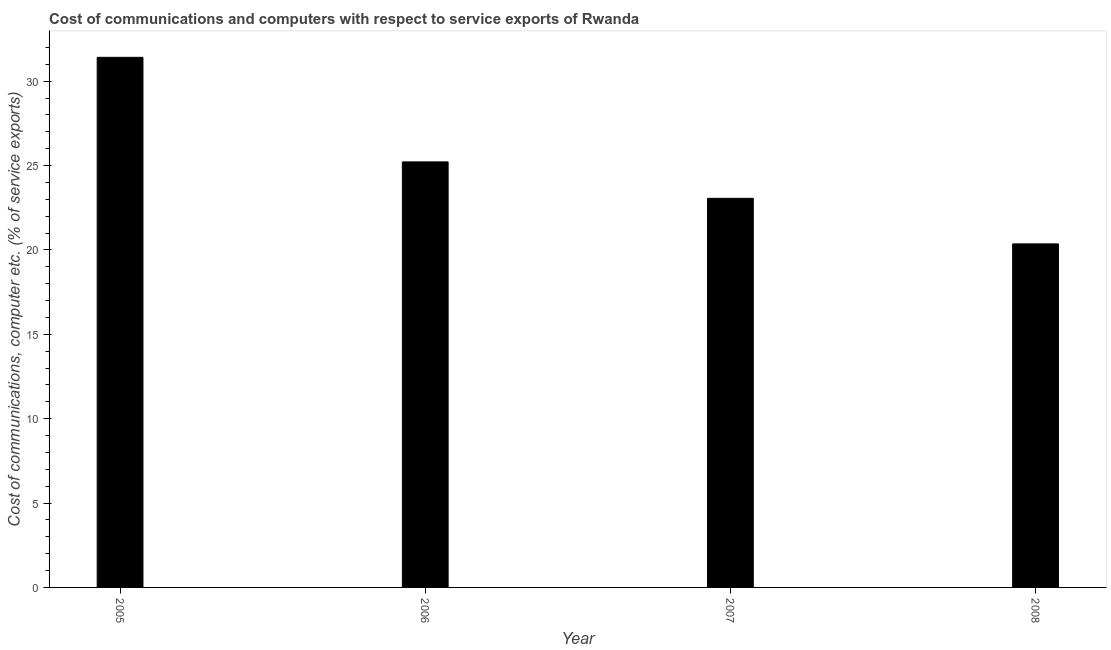
| Year | Communications |
 | --- | --- |
 | 2005 | 31.4 |
 | 2006 | 25.2 |
 | 2007 | 23.1 |
 | 2008 | 20.4 |